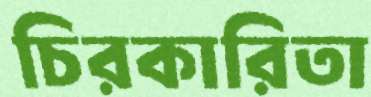
চিরকারিতা